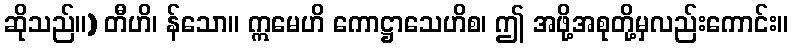
ဆိုသည်။) တီဟိ၊ န်သော။ ဣမေဟိ ကောဋ္ဌာသေဟိစ၊ ဤ အဖို့အစုတို့မှလည်းကောင်း။